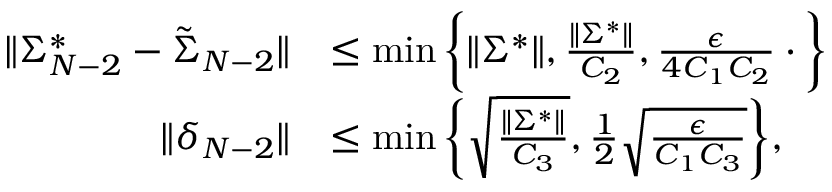
\begin{array} { r l } { \| \Sigma _ { N - 2 } ^ { * } - \tilde { \Sigma } _ { N - 2 } \| } & { \leq \operatorname* { m i n } \bigg \{ \| \Sigma ^ { * } \| , \frac { \| \Sigma ^ { * } \| } { C _ { 2 } } , \frac { \epsilon } { 4 C _ { 1 } C _ { 2 } } \cdot \bigg \} } \\ { \| \delta _ { N - 2 } \| } & { \leq \operatorname* { m i n } \bigg \{ \sqrt { \frac { \| \Sigma ^ { * } \| } { C _ { 3 } } } , \frac { 1 } { 2 } \sqrt { \frac { \epsilon } { C _ { 1 } C _ { 3 } } } \bigg \} , } \end{array}